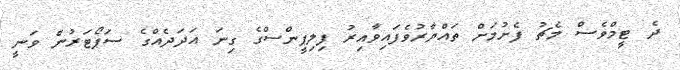
ދެ ޓީމްވެސް މެޗު ފެށުމަށް ތައްޔާރުވެފައިވާއިރު ފިލިޕީންސްގެ ގިނަ އަދަދެއްގެ ސަޕޯޓަރުން ވަނީ